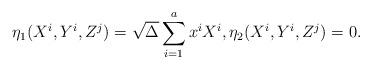
LaTeX: \begin{align*}\eta_{1}(X^{i},Y^{i},Z^{j})= \sqrt{\Delta}\sum_{i=1}^{a}x^{i}X^{i},\eta_{2}(X^{i},Y^{i},Z^{j})=0.\end{align*}